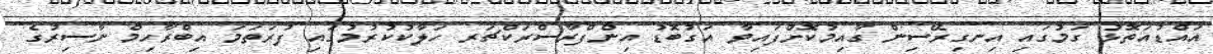
އައްޑުއަތޮޅު ގަމުގައި އިނގިރޭސިން ގާއިމުކޮށްފައިވާ އަގުބޮޑު އިންފްރާސްރަކްޗަރ ހަލާކުކުރުމުގައި ފުރަތަމަ އިބްރާހިމް ނާސިރުގެ